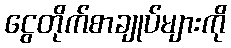
ငွေတိုက်စာချုပ်များကို